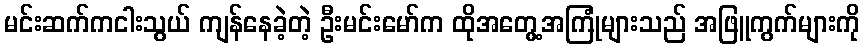
မင်းဆက်ကငါးသွယ် ကျန်နေခဲ့တဲ့ ဦးမင်းမော်က ထိုအတွေ့အကြုံများသည် အဖြူကွက်များကို